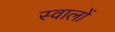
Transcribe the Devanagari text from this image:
स्वालों